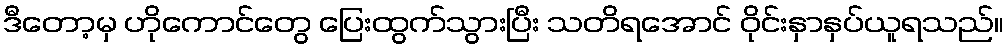
ဒီတော့မှ ဟိုကောင်တွေ ပြေးထွက်သွားပြီး သတိရအောင် ဝိုင်းနှာနှပ်ယူရသည်။